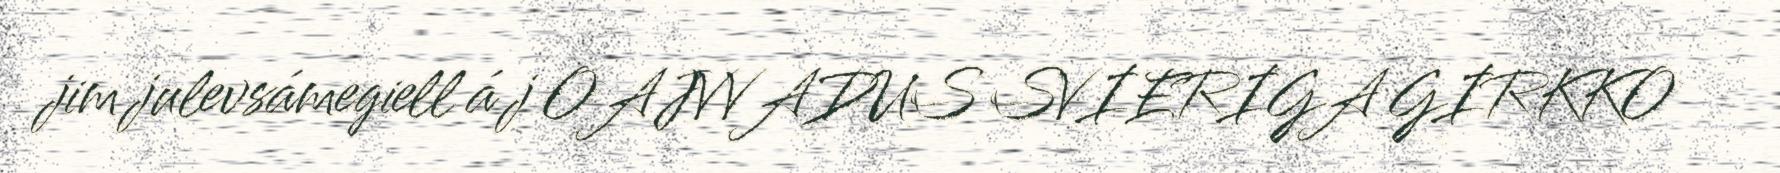
jim julevsámegiell á j OAJVVADUS SVIERIGA GIRKKO